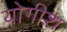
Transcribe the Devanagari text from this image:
योगीश